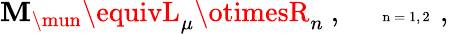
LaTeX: \mathbf{M}_{\mun}\equivL_{\mu}\otimesR_{n}~,~~~~~\mathrm{{\tiny~n=1,2~}}~,